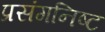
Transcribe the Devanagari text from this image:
प्रसंगनिष्ट